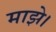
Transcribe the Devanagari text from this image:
माझे।